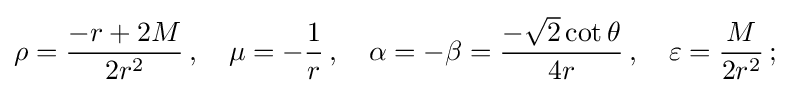
\rho ={\frac {-r+2M}{2r^{2}}}\,,\quad \mu =-{\frac {1}{r}}\,,\quad \alpha =-\beta ={\frac {-{\sqrt {2}}\cot \theta }{4r}}\,,\quad \varepsilon ={\frac {M}{2r^{2}}}\,;